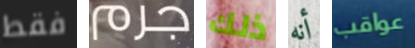
فقط جرم ذلك أنه عواقب